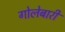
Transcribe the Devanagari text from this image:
गोलेबारी